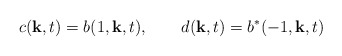
\begin{align*}c({\bf k},t)=b(1,{\bf k},t),\qquad d({\bf k},t)=b^{\ast }(-1,{\bf k},t)\end{align*}